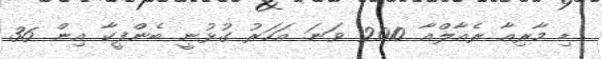
ޑި މާރިއާ ރެއާލްއާ 2010 ވަނަ އަހަރު ގުޅުނީ ބެންފީކާ އިން 36